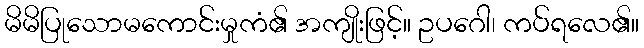
မိမိပြုသောမကောင်းမှုကံ၏ အကျိုးဖြင့်။ ဥပဂေါ၊ ကပ်ရလေ၏။